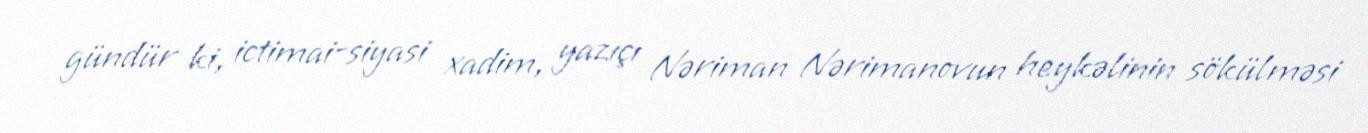
gündür ki, ictimai-siyasi xadim, yazıçı Nəriman Nərimanovun heykəlinin sökülməsi